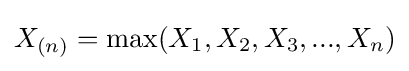
X_{(n)}=\max(X_{1},X_{2},X_{3},...,X_{n})